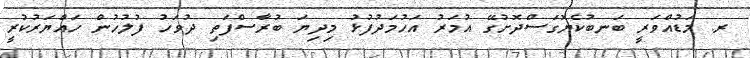
ރ. މަޑުއްވަރީ ބަނބުކެޔޮގަސްދޮށުގޭ އުމަރު އަހުމަދުފުޅު މިދިޔަ ބުރާސްފަތި ދުވަހު ފުލުހުން ހައްޔަރުކުރީ